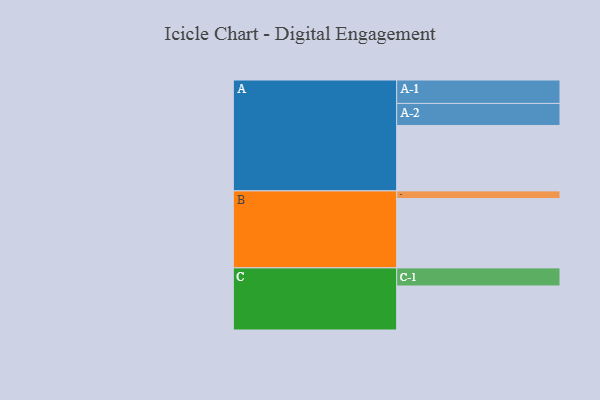
{"axis": {"x": "Segment", "y": "Value"}, "legend": ["", "A", "B", "C"], "data": [{"x": "A", "y": 452, "type": ""}, {"x": "B", "y": 479, "type": ""}, {"x": "C", "y": 304, "type": ""}, {"x": "A-1", "y": 162, "type": "A"}, {"x": "A-2", "y": 152, "type": "A"}, {"x": "B-1", "y": 53, "type": "B"}, {"x": "C-1", "y": 125, "type": "C"}]}